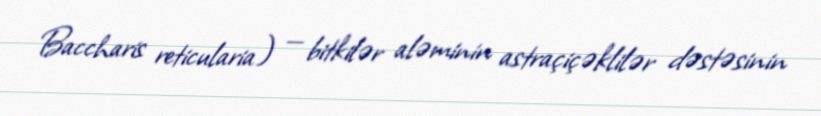
Baccharis reticularia) — bitkilər aləminin astraçiçəklilər dəstəsinin